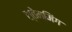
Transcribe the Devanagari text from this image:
स्तेम्मिंग